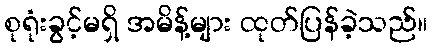
စုရုံးခွင့်မရှိ အမိန့်များ ထုတ်ပြန်ခဲ့သည်။